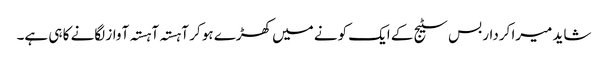
شاید میرا کردار بس سٹیج کے ایک کونے میں کھڑے ہو کر آہستہ آہستہ آواز لگانے کا ہی ہے۔